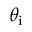
\theta _ { \mathrm { i } }